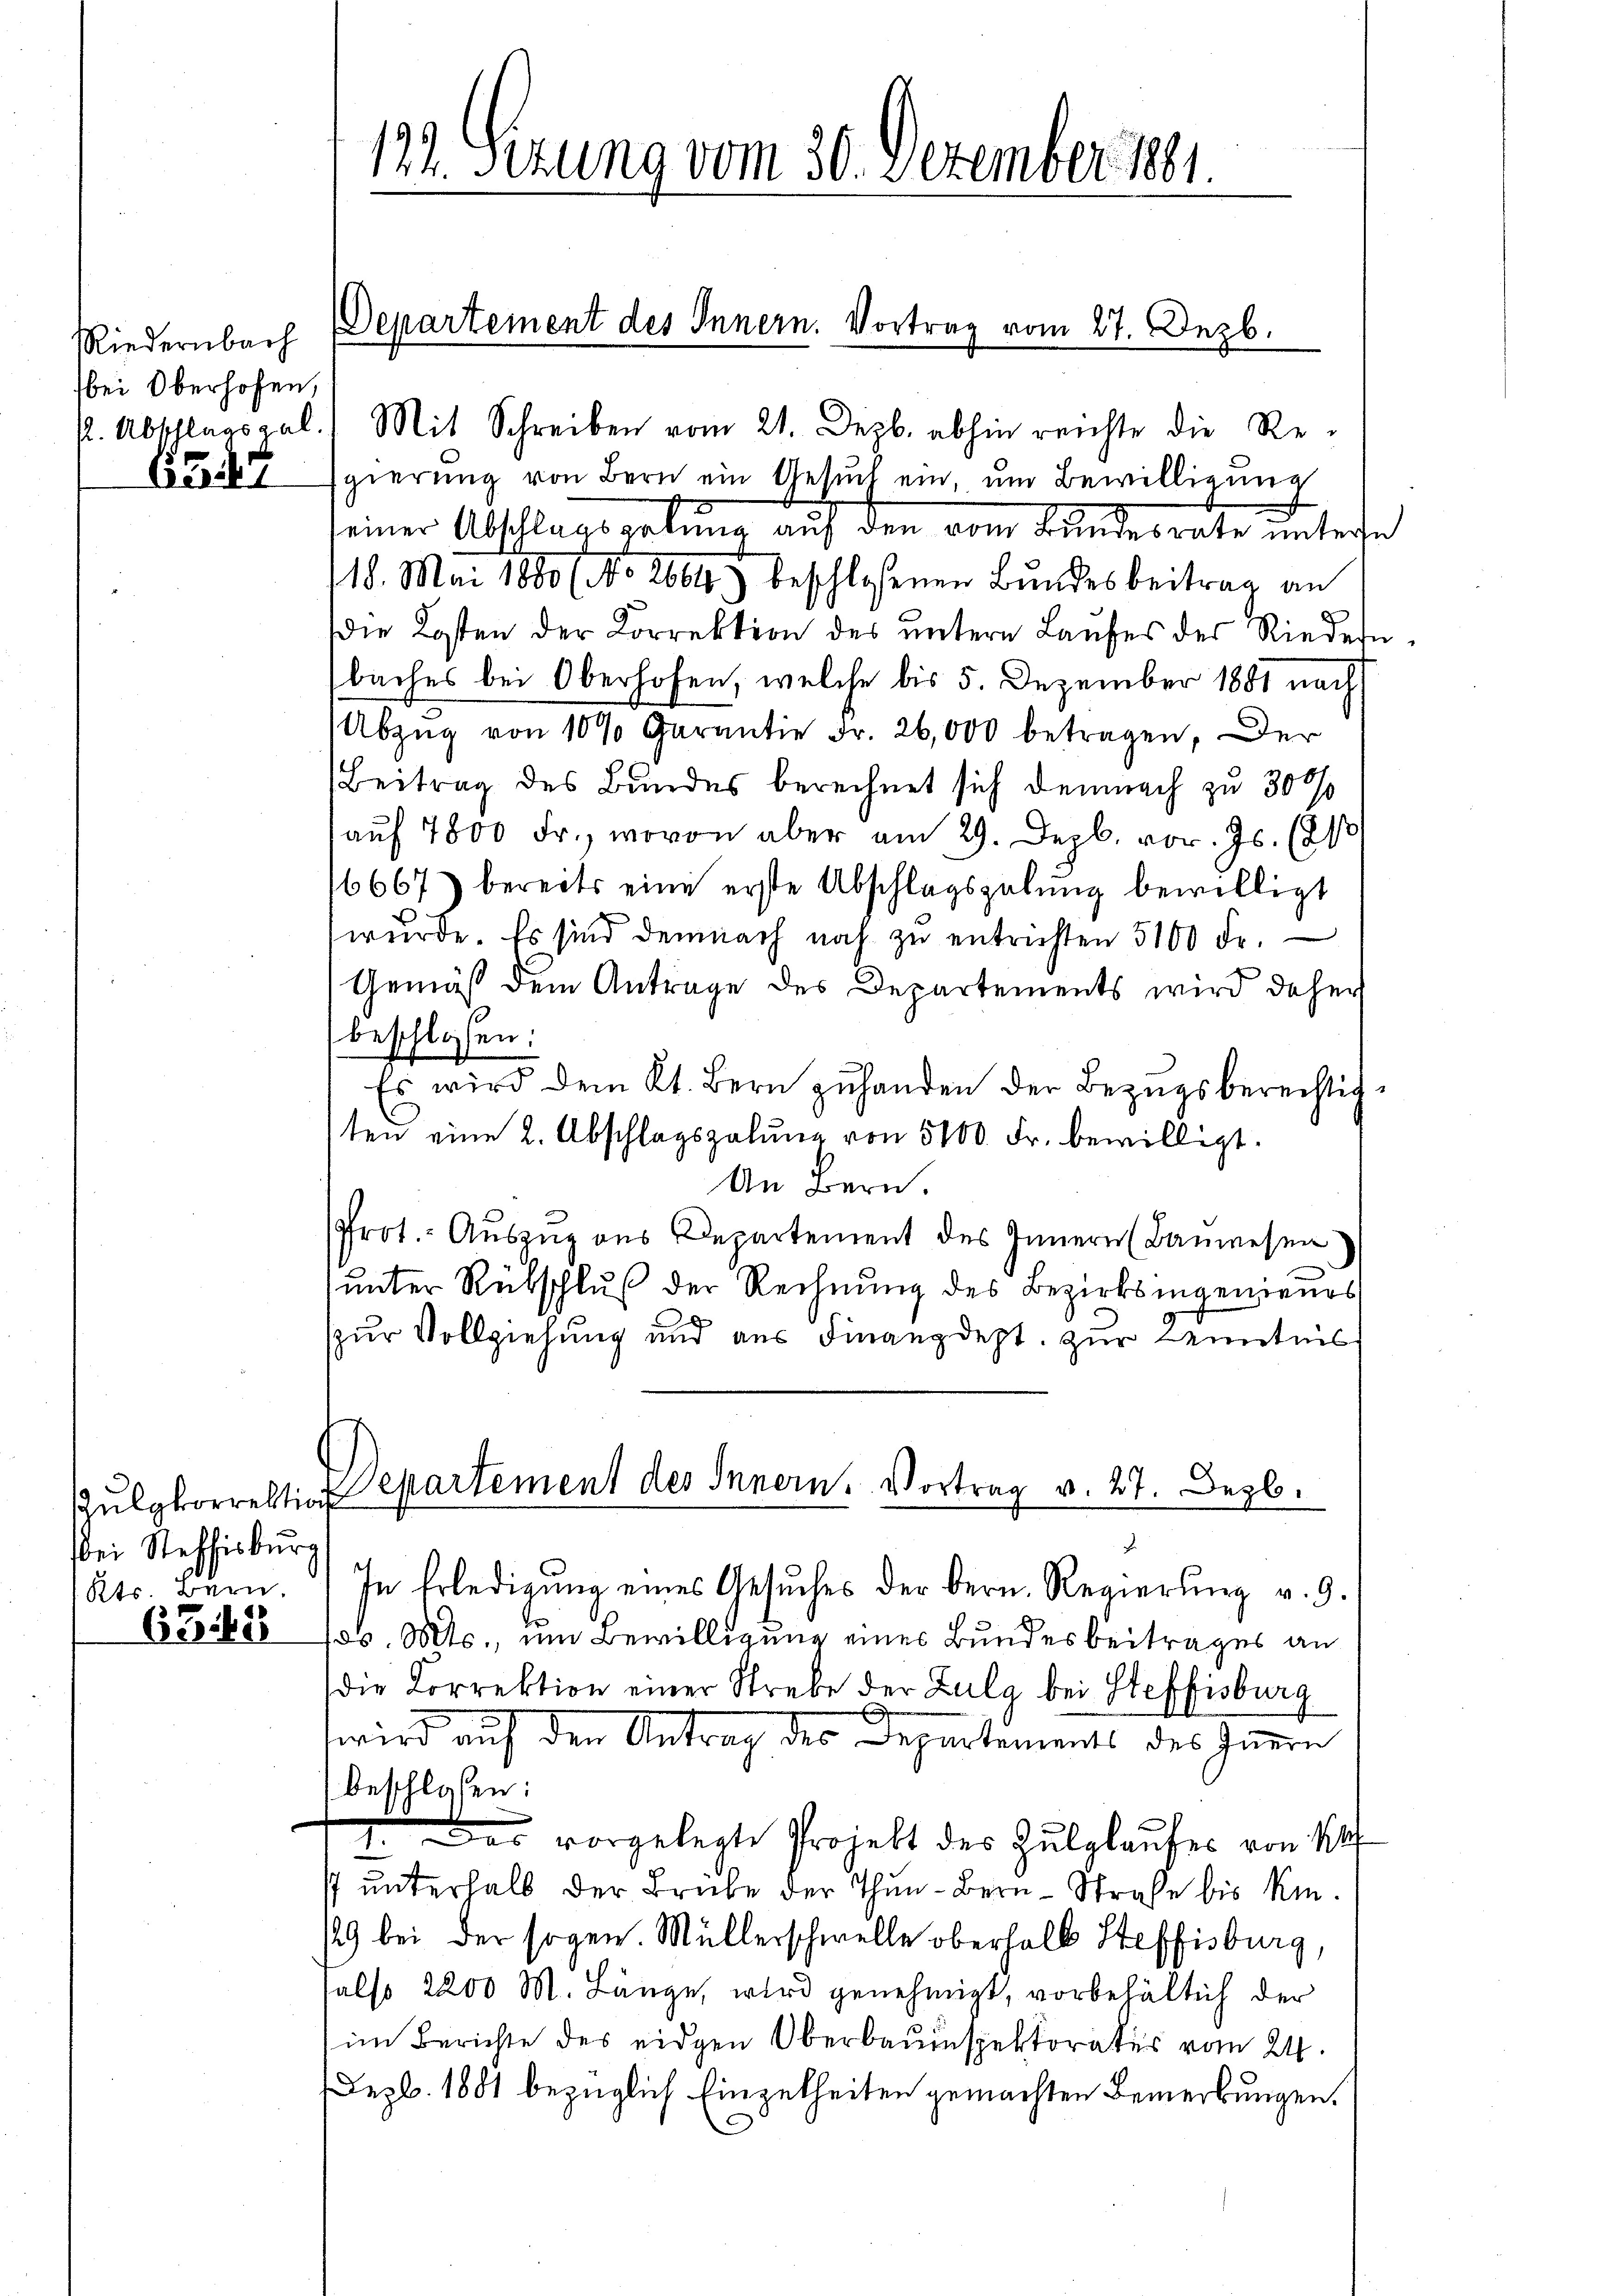
Riedernbach
bei Oberhofen,

654

pulykorrektion
bei Steffisburg
Kts. Bern.

6348

Egierung von Bern ein Gesuch ein, um Bewilligung
seiner Abschlagsgebung auf den vom Bundesrate unterse
18. Mai 1880 (NNo. 2664) beschlossenen Bundesbeitrag an
Die Kosten der Korrektion des ŭntern Laufes des Riedern
baches bei Oberhofen, welche bis 5. Dezember 1881 nach
Abzŭg von 10% Garantie Fr. 26,000 betragen, der
Beitrag des Bundes berechnet sich demnach zu 3000
aŭf 7800 Fr., wovon aber am 29. Dezb. vor. Js. (21
16667) bereits eine erste Abschlagsgebung bewilligt
wŭrde. Es sind demnach noch zŭ entrichten 5100 Fr.
Gemäß dem Antrage des Departements wird daher
beschlossen:
Es wird dem Kt. Bern zŭ handen der Bezŭgsberechtigten eine 2. Abschlagszalung von 5100. Fr. bewilligt.
An Bern.
Prot. Auszug aus Departement des Innern (Bauwesen
unter Rübschluß der Rechnung des Bezirksingenieurs
zur Vollziehung und aus Finanzdept. zur Kenntnis
Departement des Innern, Vortrag v. 27. Dezb.
E
In Erledigung eines Gesuches der Bern. Regierung v. 9.
os. Mts., um Bewilligung eines Bundesbeitrages an
die Correktion einer Strebe der Zulg bei Steffisburg
.
wird auf den Antrag des Departements des Innern
beschlossen:
I. Das vorgelegte Projekt des Zulglaufes von 14
s unterhalb der Brübe der Thun - Bern - Strafe bis Kin¬
29 bei der sogen. Müllerschwelle oberhalb Steffisburg,
also 2200 M. Länge, wird genehmigt, vorbehältich der
im Berichte des eidgen Oberbauinspektorates vom 24.
Dez. 1881 bezüglich Einzelheiten gemachten Bemerkungen.

122. Sezung vom 30. Dezember 1881.

Departement des Innern. Vortrag vom 27. Dezb.
k. Abschlagspal 1 Mit Schreiben vom 21. Dezb. abhin reichte die Re-